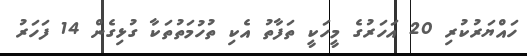
ހައްޔަރުކުރި 20 އަހަރުގެ މީހަކީ ތަފާތު އެކި ތުހުމަތުތަކާ ގުޅިގެން 14 ފަހަރު